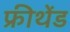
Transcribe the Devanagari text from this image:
फ्रीथेंड